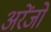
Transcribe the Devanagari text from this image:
अरेंजो